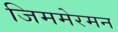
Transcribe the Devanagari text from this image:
जिममेरमन